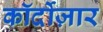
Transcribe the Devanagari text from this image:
कॉर्दोज़ार